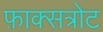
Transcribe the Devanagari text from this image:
फ़ाक्सत्रोट